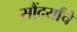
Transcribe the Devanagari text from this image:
सौंदर्यांचे